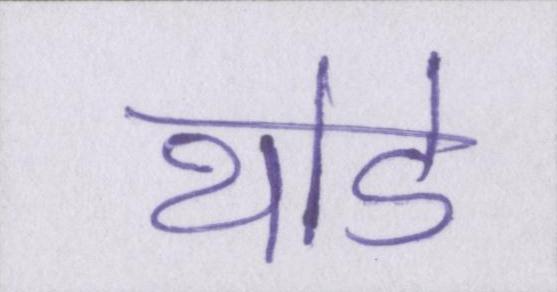
थोडे